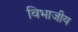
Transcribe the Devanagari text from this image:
विभाजीय